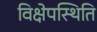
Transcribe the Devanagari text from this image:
विक्षेपस्थिति